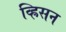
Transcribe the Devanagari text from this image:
व्ह्रिसन